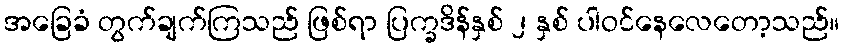
အခြေခံ တွက်ချက်ကြသည် ဖြစ်ရာ ပြက္ခဒိန်နှစ် ၂ နှစ် ပါဝင်နေလေတော့သည်။